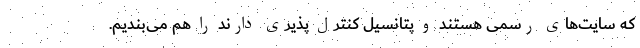
که سایت‌های رسمی هستند و پتانسیل کنترل پذیری دارند را هم می‌بندیم.